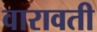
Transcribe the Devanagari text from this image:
वारावती